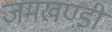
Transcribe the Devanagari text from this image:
जमखण्डी